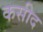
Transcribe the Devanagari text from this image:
कसीद